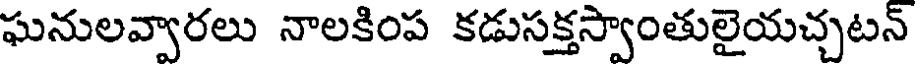
ఘనులవ్వారలు నాలకింప కడుసక్తస్వాంతులైయచ్చటన్